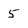
Character: 5